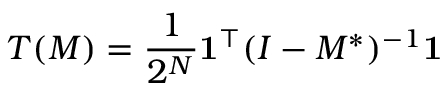
T ( M ) = \frac { 1 } { 2 ^ { N } } \mathbf { 1 } ^ { \top } ( I - M ^ { \ast } ) ^ { - 1 } \mathbf { 1 }